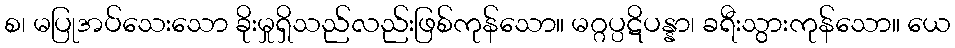
စ၊ မပြုအပ်သေးသော ခိုးမှုရှိသည်လည်းဖြစ်ကုန်သော။ မဂ္ဂပ္ပဋိပန္နာ၊ ခရီးသွားကုန်သော။ ယေ